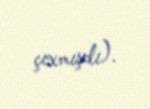
çıxmışdı).